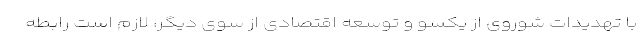
با تهدیدات شوروی از یکسو و توسعه اقتصادی از سوی دیگر، لازم است رابطه